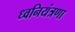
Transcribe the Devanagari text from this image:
ध्वनियंत्रणा